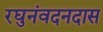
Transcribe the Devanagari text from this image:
रघुनंवदनदास